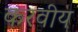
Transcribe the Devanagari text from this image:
करवीय